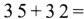
$$35+32= $$